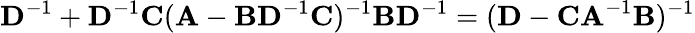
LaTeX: \mathbf{D}^{-1}+\mathbf{D}^{-1}\mathbf{C}(\mathbf{A}-\mathbf{BD}^{-1}\mathbf{C})^{-1}\mathbf{BD}^{-1}=(\mathbf{D}-\mathbf{CA}^{-1}\mathbf{B})^{-1}